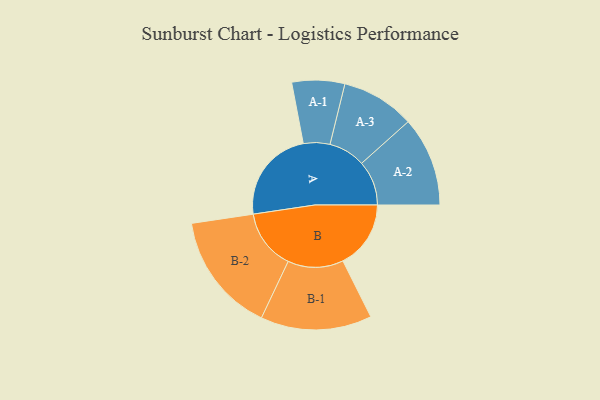
{"axis": {"x": "Segment", "y": "Value"}, "legend": ["", "A", "B"], "data": [{"x": "A", "y": 373, "type": ""}, {"x": "B", "y": 270, "type": ""}, {"x": "A-1", "y": 105, "type": "A"}, {"x": "A-2", "y": 178, "type": "A"}, {"x": "A-3", "y": 146, "type": "A"}, {"x": "B-1", "y": 221, "type": "B"}, {"x": "B-2", "y": 239, "type": "B"}]}